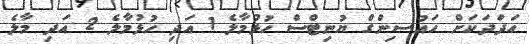
އަދަދަކަށް ހައުސިންގް ޔުނިޓްސް ހުުޅުމާލެ 1 އަދި ހުޅުމާލެ 2 އަދި މާލެ